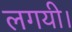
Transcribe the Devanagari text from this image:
लगयी।